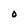
Character: O